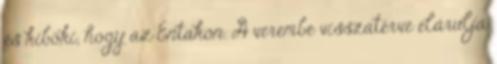
és kiböki, hogy az Entakon. A verembe visszatérve elárulja